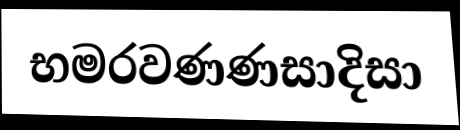
භමරවණණසාදිසා